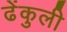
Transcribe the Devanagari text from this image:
ढेंकुली